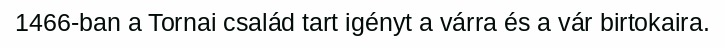
1466-ban a Tornai család tart igényt a várra és a vár birtokaira.